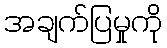
အချက်ပြမှုကို